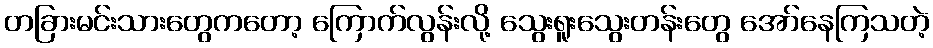
တခြားမင်းသားတွေကတော့ ကြောက်လွန်းလို့ သွေးရူးသွေးတန်းတွေ အော်နေကြသတဲ့